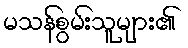
မသန်စွမ်းသူများ၏